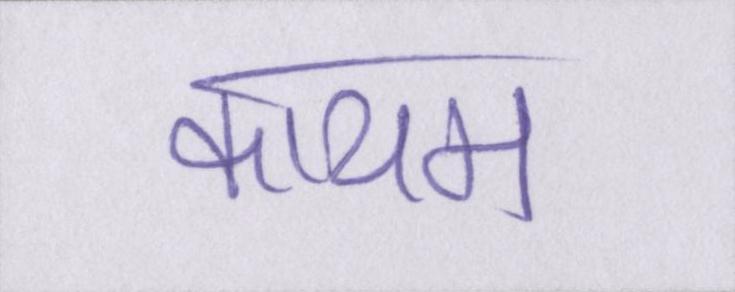
कायम